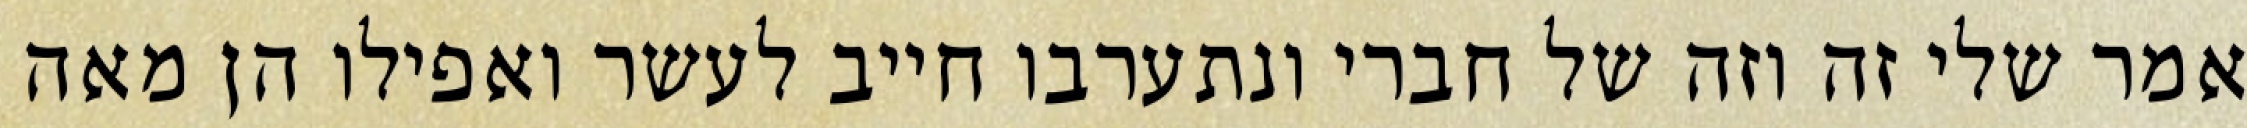
אמר שלי זה וזה של חברי ונתערבו חייב לעשר ואפילו הן מאה